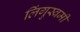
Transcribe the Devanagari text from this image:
लिंगुस्वमी